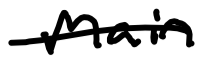
Text: main
Cross-out: single-line
Writing tool: digital_black